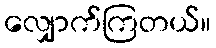
လျှောက်ကြတယ်။